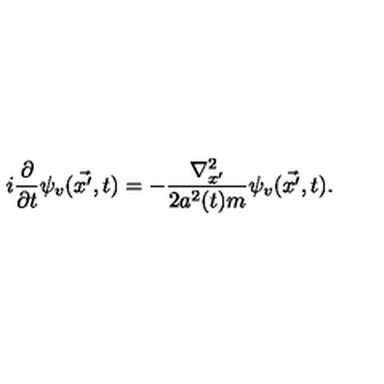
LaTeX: i \frac { \partial } { \partial t } \psi _ { v } ( \vec { x ^ { \prime } } , t ) = - \frac { { \nabla } _ { x ^ { \prime } } ^ { 2 } } { 2 a ^ { 2 } ( t ) m } \psi _ { v } ( \vec { x ^ { \prime } } , t ) .